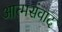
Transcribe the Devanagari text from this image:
आत्मसंवाद